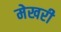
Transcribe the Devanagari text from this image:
मेखरी